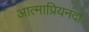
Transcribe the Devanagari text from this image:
आत्माप्रियनंदा